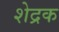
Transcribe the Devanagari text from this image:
शेद्रक